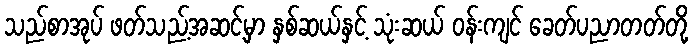
သည်စာအုပ် ဖတ်သည့်အဆင့်မှာ နှစ်ဆယ်နှင့် သုံးဆယ် ဝန်းကျင် ခေတ်ပညာတတ်တို့